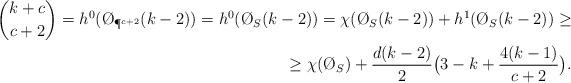
LaTeX: \begin{align*}\begin{aligned}\binom{k+c}{c+2} = h^0(\O_{\P^{c+2}}(k-2)) = h^0(\O_S(k-2))=\chi(\O_S(k-2))+h^1(\O_S(k-2)) \ge \\\ge \chi(\O_S)+\frac{d(k-2)}{2}\big(3-k+\frac{4(k-1)}{c+2}\big).\end{aligned}\end{align*}